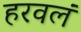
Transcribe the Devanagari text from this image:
हरवलं